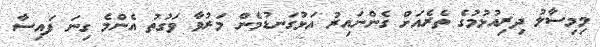
މިމިސާލު ދިރިއުޅުމުގެ ތެރެއަށް ގެންނައިރު އަޅުގަނޑުމެން މަރުވާ ވަގުތު އެންމެ ގިނަ ފައިސާ